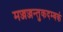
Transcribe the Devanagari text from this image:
मज्जज्जन्तुकदम्बकं